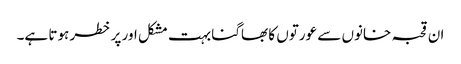
ان قحبہ خانوں سے عورتوں کا بھاگنا بہت مشکل اور پر خطر ہوتا ہے۔